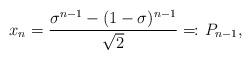
LaTeX: \begin{align*}x_n= \frac{\sigma^{n-1}-(1-\sigma)^{n-1}}{\sqrt{2}}=\!\colon P_{n-1},\end{align*}